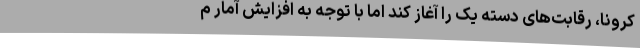
کرونا، رقابت‌های دسته یک را آغاز کند اما با توجه به افزایش آمار م